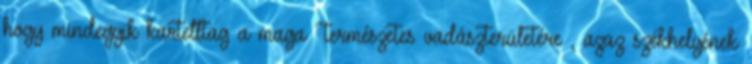
hogy mindegyik kartelltag a maga természetes vadászterületére, azaz székhelyének